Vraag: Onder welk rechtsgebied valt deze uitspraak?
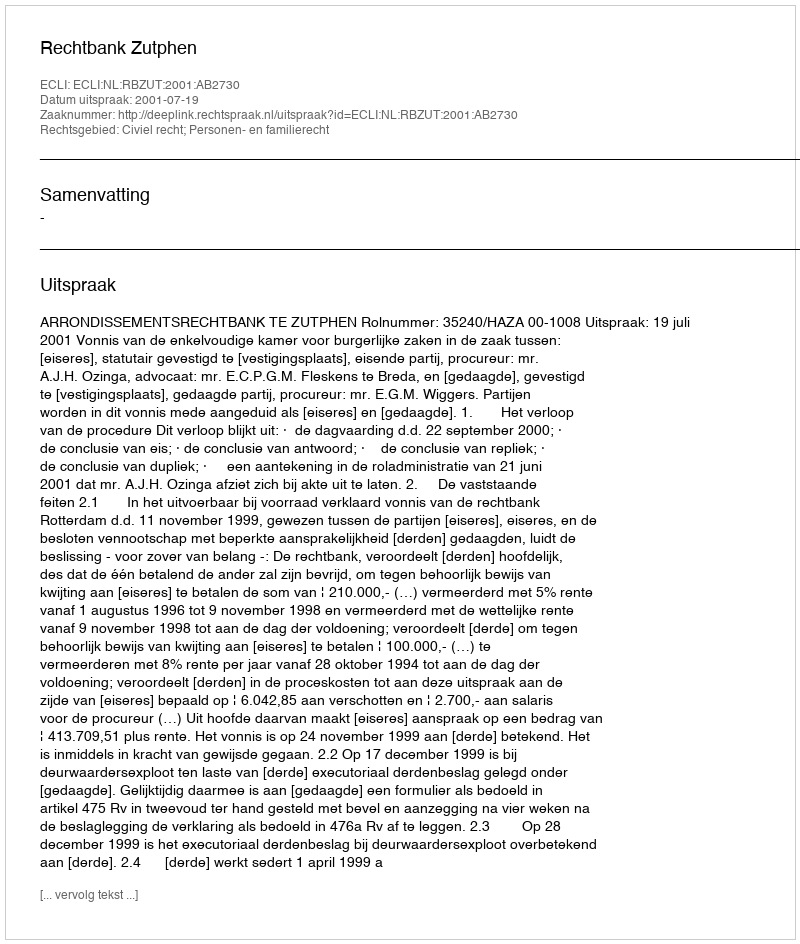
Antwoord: Civiel recht; Personen- en familierecht